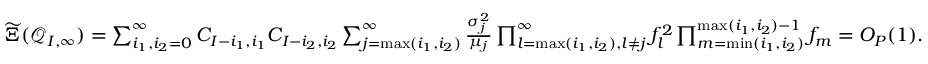
\begin{array} { r } { \widetilde \Xi ( \mathcal { Q } _ { I , \infty } ) = \sum _ { i _ { 1 } , i _ { 2 } = 0 } ^ { \infty } C _ { I - i _ { 1 } , i _ { 1 } } C _ { I - i _ { 2 } , i _ { 2 } } \sum _ { j = \operatorname* { m a x } ( i _ { 1 } , i _ { 2 } ) } ^ { \infty } \frac { \sigma _ { j } ^ { 2 } } { \mu _ { j } } \prod _ { l = \operatorname* { m a x } ( i _ { 1 } , i _ { 2 } ) , l \neq j } ^ { \infty } f _ { l } ^ { 2 } \prod _ { m = \operatorname* { m i n } ( i _ { 1 } , i _ { 2 } ) } ^ { \operatorname* { m a x } ( i _ { 1 } , i _ { 2 } ) - 1 } f _ { m } = O _ { P } ( 1 ) . } \end{array}